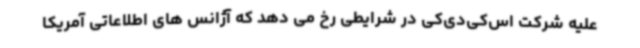
علیه شرکت اس‌کی‌دی‌کی در شرایطی رخ می دهد که آژانس های اطلاعاتی آمریکا